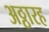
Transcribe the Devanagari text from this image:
अठ्ठारह